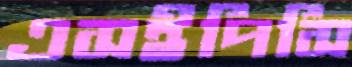
এসইপিসি